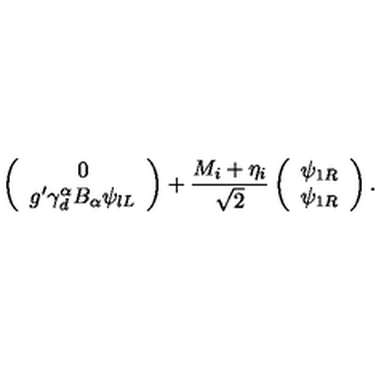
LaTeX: \left( \begin{array} { c } { 0 } \\ { g ^ { \prime } \gamma _ { d } ^ { \alpha } B _ { \alpha } \psi _ { l L } } \\ \end{array} \right) + \frac { M _ { i } + \eta _ { i } } { \sqrt { 2 } } \left( \begin{array} { c } { \psi _ { 1 R } } \\ { \psi _ { 1 R } } \\ \end{array} \right) .